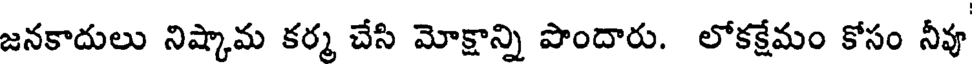
జనకాదులు నిష్కామ కర్మ చేసి మోక్షాన్ని పొందారు. లోకక్షేమం కోసం నీవూ